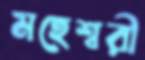
মহেশ্বরী